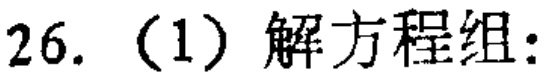
26.（1）解方程组：